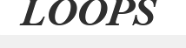
LOOPS